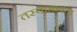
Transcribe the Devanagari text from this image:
तस्यामायत्ता